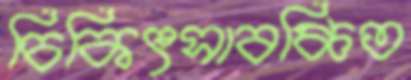
চিকিৎসাবঞ্চিত